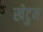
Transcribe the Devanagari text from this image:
खेटुन